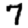
Digit: 7